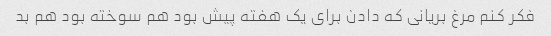
فکر کنم مرغ بریانی که دادن برای یک هفته پیش بود هم سوخته بود هم بد